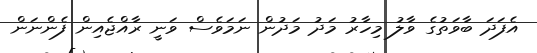
އެފަދަ ބާވަތުގެ ވާލު މިހާރު މަދު މަދުން ނަމަވެސް ވަނީ ރާއްޖެއިން ފެންނަން